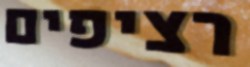
רציפים